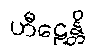
ဟီဠေန္တိ